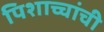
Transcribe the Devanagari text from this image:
पिशाच्चांची